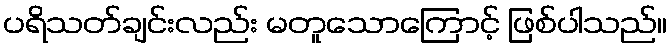
ပရိသတ်ချင်းလည်း မတူသောကြောင့် ဖြစ်ပါသည်။